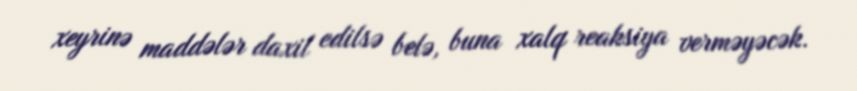
xeyrinə maddələr daxil edilsə belə, buna xalq reaksiya verməyəcək.